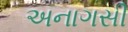
અનાગસી